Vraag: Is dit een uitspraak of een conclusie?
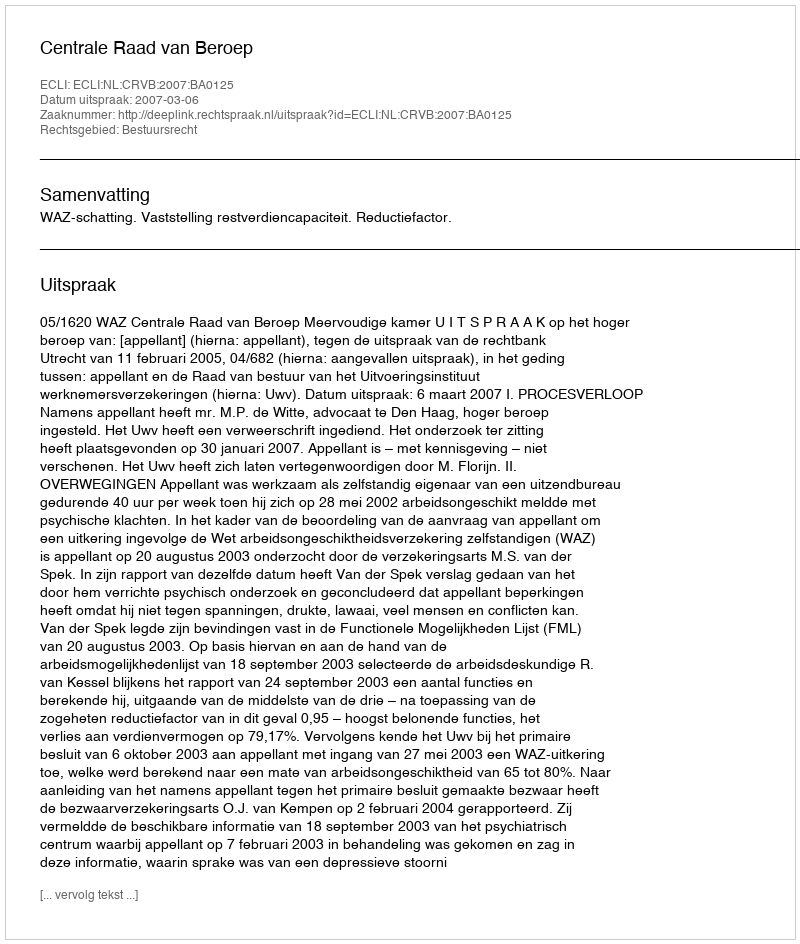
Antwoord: Uitspraak